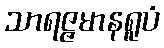
သာရဇ္ဇမာနရူပံ